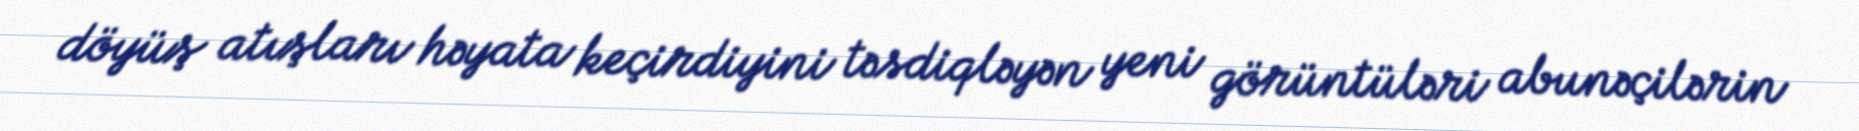
döyüş atışları həyata keçirdiyini təsdiqləyən yeni görüntüləri abunəçilərin